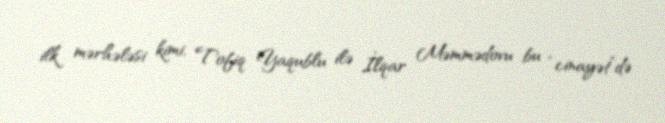
ilk mərhələsi kimi, Tofiq Yaqublu ilə İlqar Məmmədovu bu “cinayət”də